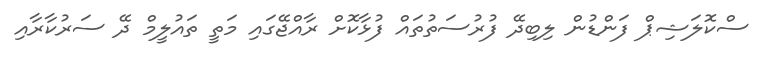
ސްކޮލަޝިޕް ފަންޑުން ލިބިދޭ ފުރުސަތުތައް ފުޅާކޮށް ރާއްޖޭގައި މަތީ ތައުލީމް ދޭ ސަރުކާރާއި